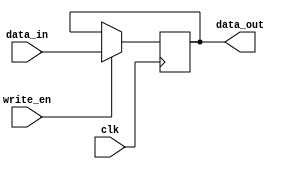
module regR(
    input clk,
    input write_en , 
    input [15:0]data_in,
    output reg [15:0]data_out
);


    always @(posedge clk)begin
        if (write_en == 1)              //Write data to the register
            data_out <= data_in;

    end

endmodule